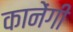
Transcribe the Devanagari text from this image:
कानेंगी